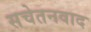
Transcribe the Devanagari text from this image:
सचेतनवाद